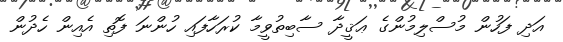
އަދި ފަހުން މުސްލިމުންގެ ޢަޤީދާ ސާބިތުވީމާ ކުރަހާފައި ހުންނަ ފޮތި އެއިން ހެދުން